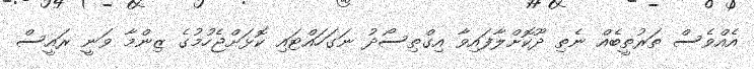
އެއްވެސް ތަރުތީބެއް ނެތި ދޫކޮށްލާފައިވާ އިގްތިސޯދު ނަގަހައްޓައި ކޮޅަށްޖެހުމުގެ ޒިންމާ ވަނީ ރައީސް